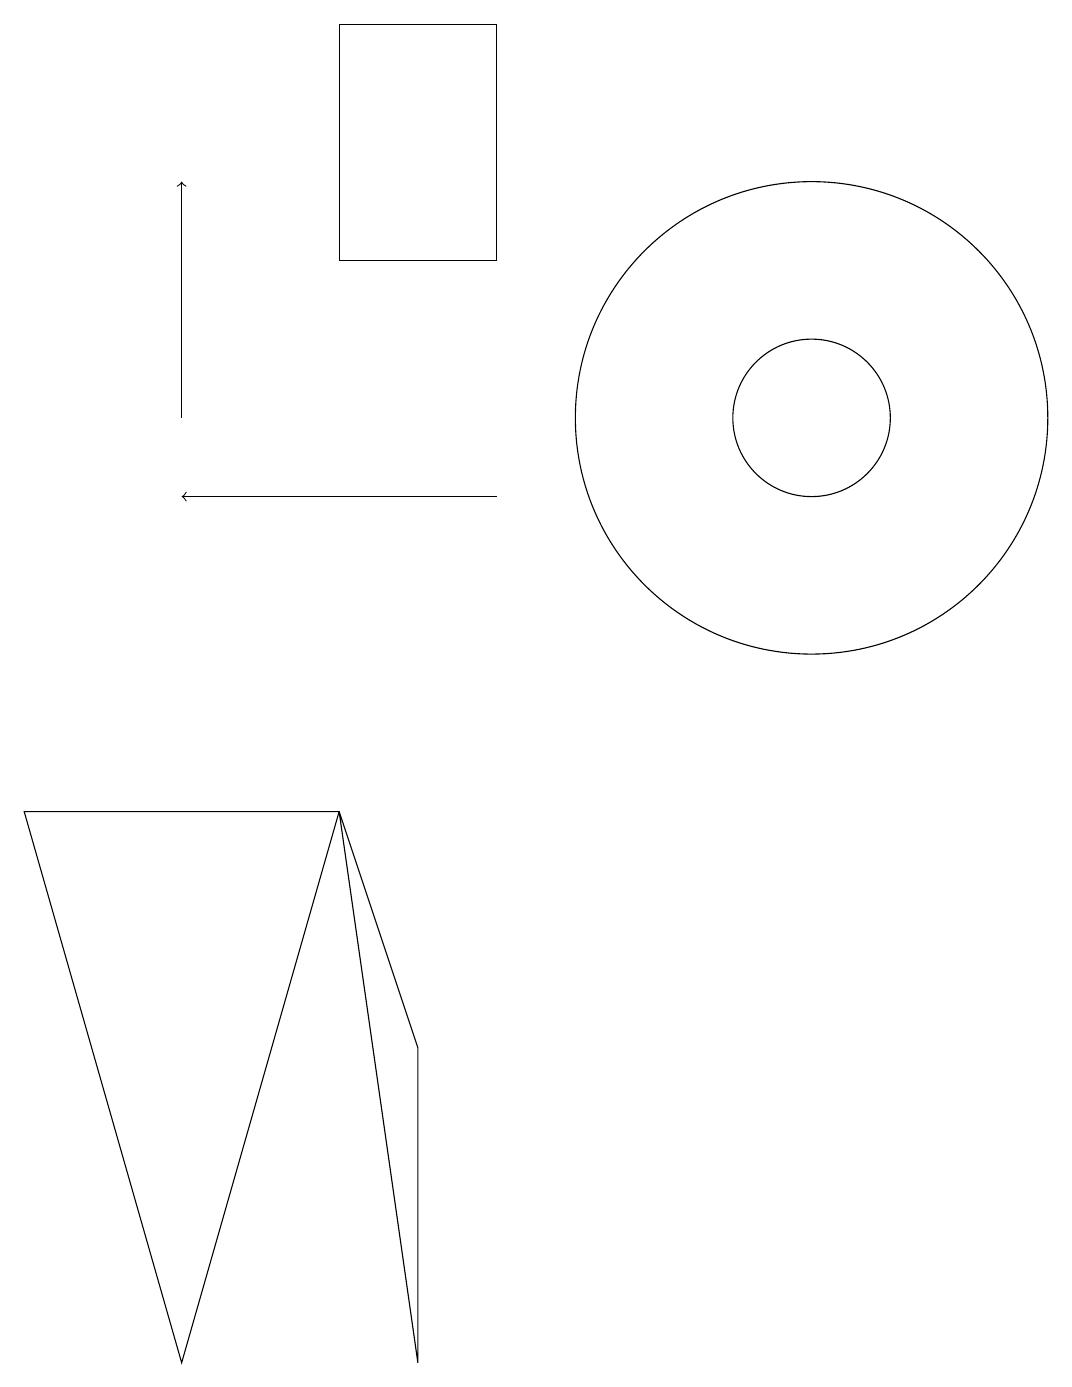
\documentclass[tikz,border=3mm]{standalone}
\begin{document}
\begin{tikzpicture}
\draw (2,0) -- (0,7) -- (4,7) -- cycle;
\draw (10,12) circle (3);
\draw (10,12) circle (1);
\draw[->] (6,11) -- (2,11);
\draw[->] (2,12) -- (2,15);
\draw (4,17) rectangle (6,14);
\draw (4,7) -- (5,0) -- (5,4) -- cycle;
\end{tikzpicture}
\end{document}